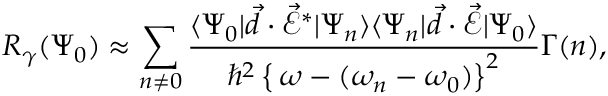
R _ { \gamma } ( \Psi _ { 0 } ) \approx \sum _ { n \neq 0 } \frac { \langle \Psi _ { 0 } | \vec { d } \cdot \vec { \mathcal { E } } ^ { * } | \Psi _ { n } \rangle \langle \Psi _ { n } | \vec { d } \cdot \vec { \mathcal { E } } | \Psi _ { 0 } \rangle } { \hbar ^ { 2 } \left\{ \, \omega - ( \omega _ { n } - \omega _ { 0 } ) \right\} ^ { 2 } } \Gamma ( n ) ,